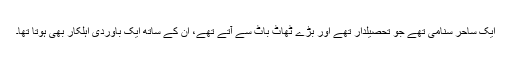
ایک ساحر سنامی تھے جو تحصیلدار تھے اور بڑے ٹھاٹ باٹ سے آتے تھے، ان کے ساتھ ایک باوردی اہلکار بھی ہوتا تھا۔